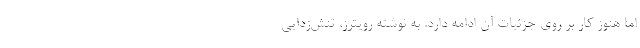
اما هنوز کار بر روی جزئیات آن ادامه دارد. به نوشته رویترز، تنش‌زدایی